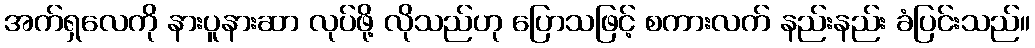
အက်ရှလေကို နားပူနားဆာ လုပ်ဖို့ လိုသည်ဟု ပြောသဖြင့် စကားလက် နည်းနည်း ခံပြင်းသည်။